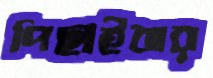
পিছাইবার